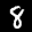
Label: 8